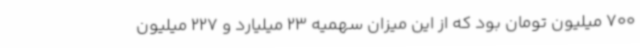
700 میلیون تومان بود که از این میزان سهمیه 23 میلیارد و 227 میلیون